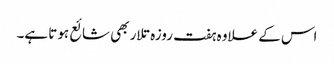
اس کے علاوہ ہفت روزہ تلار بھی شائع ہوتا ہے۔